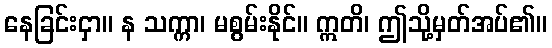
နေခြင်းငှာ။ န သက္ကာ၊ မစွမ်းနိုင်။ ဣတိ၊ ဤသို့မှတ်အပ်၏။